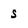
Character: s